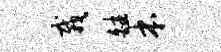
栽皤本